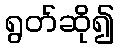
ရွတ်ဆို၍